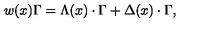
w ( x ) \Gamma = \Lambda ( x ) \cdot \Gamma + \Delta ( x ) \cdot \Gamma ,